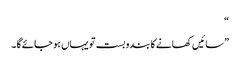
“
”سائیں کھانے کا بندو بست تو یہاں ہو جائے گا ۔